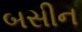
બસીન